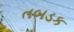
તબડક